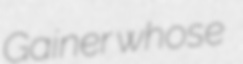
Gainer whose